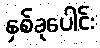
နှစ်ခုပေါင်း